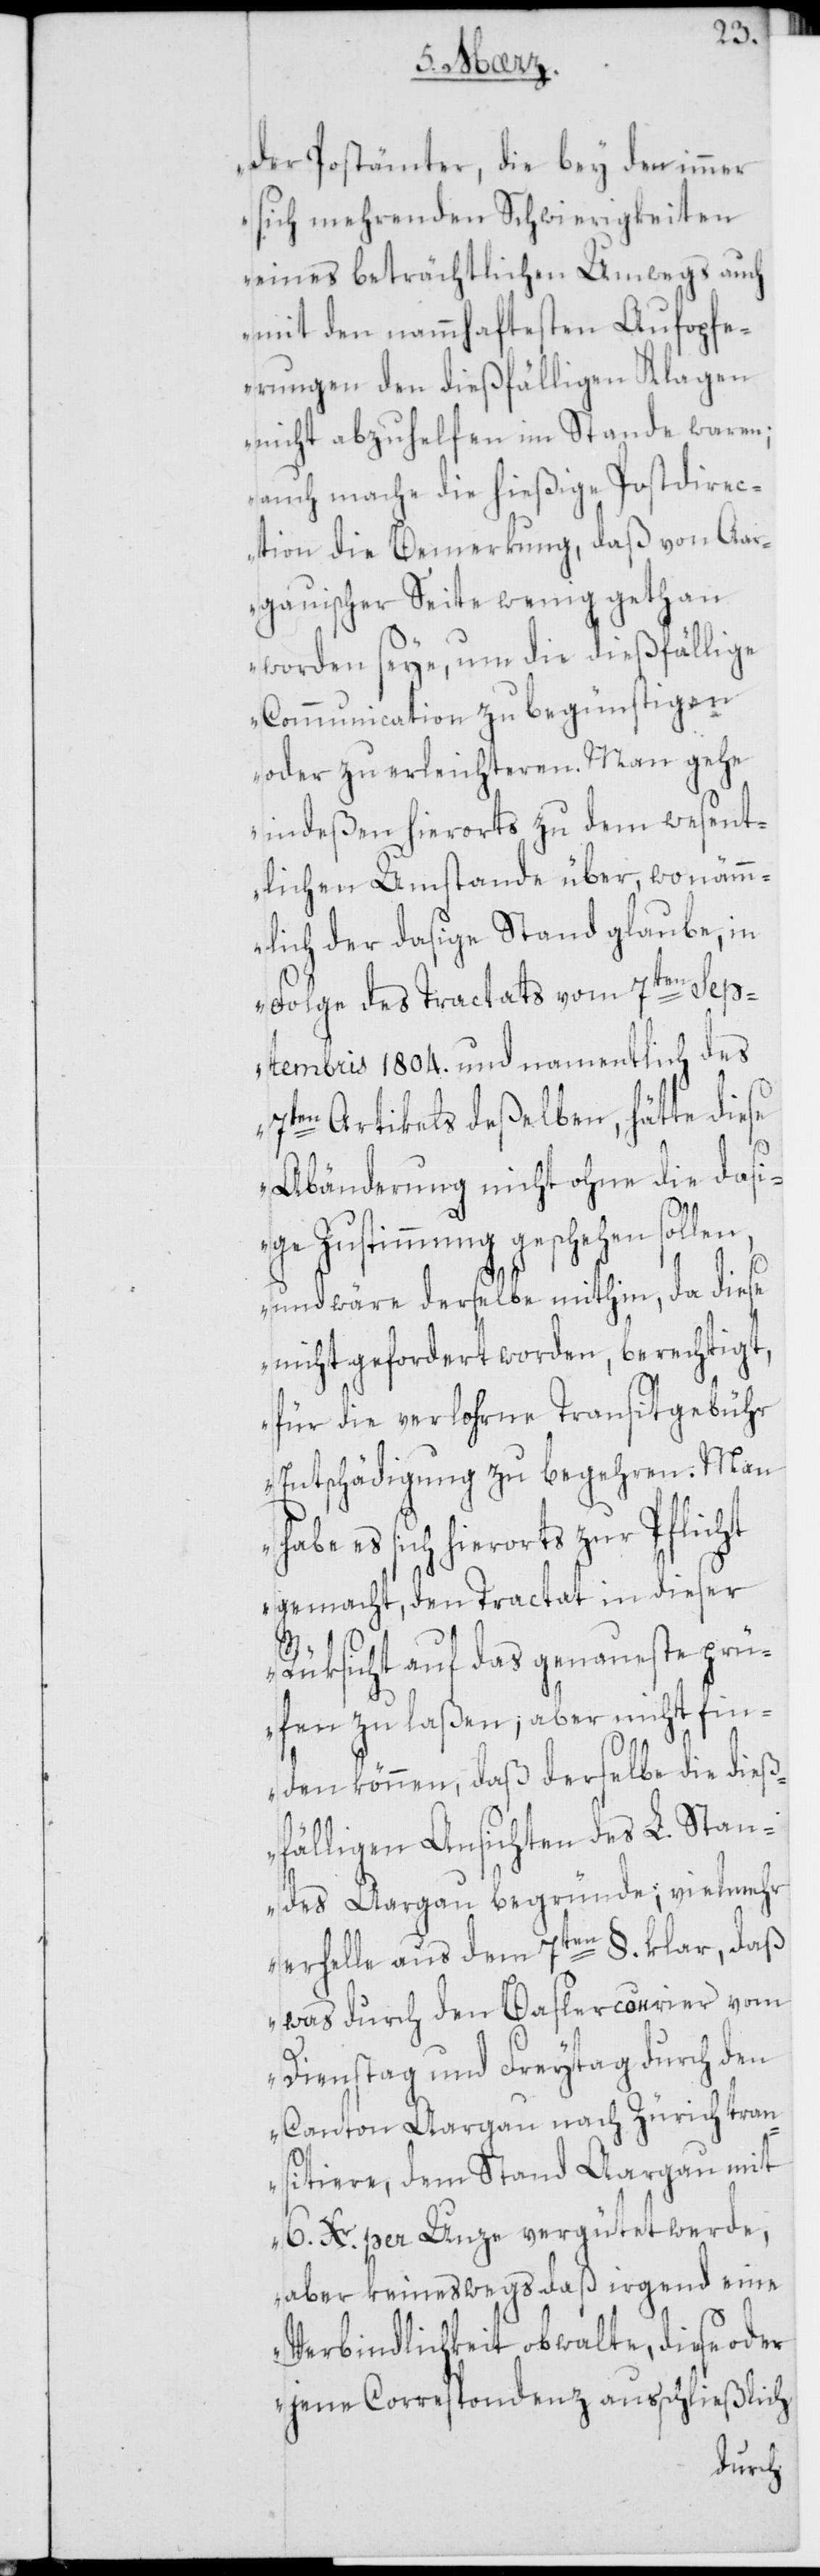
der Postämter, die bey den immer
sich mehrenden Schwierigkeiten
eines beträchtlichen Umwegs auch
mit den nammhaftesten Aufopfe¬
rungen den dießfälligen Klagen
nicht abzuhelfen im Stande waren;
auch mache die hießige Postdirec¬
tion die Bemerkung, daß von Aa¬
rgauischer Seite wenig gethan
worden seye, um die dießfällige
Communication zu begünstigen
oder zu erleichteren. Man gehe
indeßen hierorts zu dem wesent¬
lichen Umstande über, wo nämm¬
lich der dasige Stand glaube, in
Folge des Tractats vom 7ten Sep¬
tembris 1804. und namentlich des
7ten Artikels deßelben, hätte diese
Abänderung nicht ohne die dasi¬
ge Zustimmung geschehen sollen,
und wäre derselbe mithin, da diese
nicht gefordert worden, berechtigt,
für die verlohrne Transitgebühr
Entschädigung zu begehren. Man
habe es sich hierorts zur Pflicht
gemacht, den Tractat in dieser
Rüksicht auf das genaueste prü¬
fen zu laßen; aber nicht fin¬
den können, daß derselbe die dieß¬
fälligen Ansichten des L. Stan¬
des Aargau begründe; vielmehr
erhelle aus dem 7ten §. klar, daß
was durch den Baslercourier vom
Dienstag und Freytag durch den
Canton Aargau nach Zürich tran¬
sitiere, dem Stand Aargau mit
6 Xr. per Unze vergütet werde,
aber keineswegs daß irgend eine
Verbindlichkeit obwalte, diese oder
jene Correspondenz ausschließlich